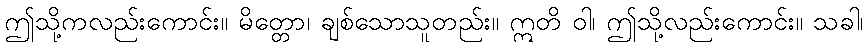
ဤသို့ကလည်းကောင်း။ မိတ္တော၊ ချစ်သောသူတည်း။ ဣတိ ဝါ၊ ဤသို့လည်းကောင်း။ သခါ၊